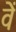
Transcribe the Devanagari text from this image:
वेें